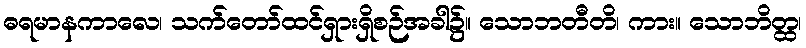
ဓရမာနကာလေ၊ သက်တော်ထင်ရှားရှိစဉ်အခါ၌။ သောဘတီတိ၊ ကား။ သောဘိတ္ထ၊